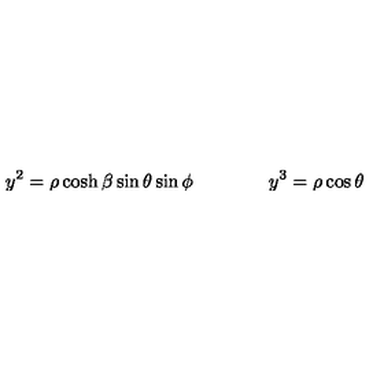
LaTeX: y ^ { 2 } = \rho \cosh \beta \sin \theta \sin \phi \qquad \qquad y ^ { 3 } = \rho \cos \theta